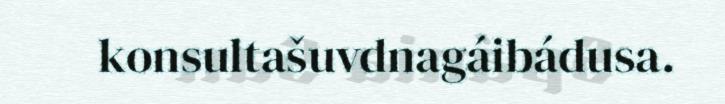
konsultašuvdnagáibádusa.